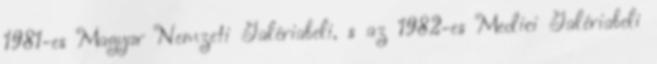
1981-es Magyar Nemzeti Galériabeli, s az 1982-es Medici Galériabeli